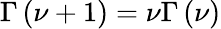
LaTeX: \Gamma\left(\nu+1\right)=\nu\Gamma\left(\nu\right)